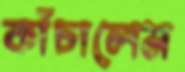
কাঁচালেম